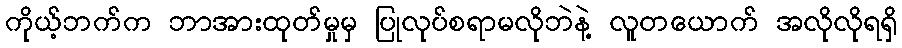
ကိုယ့်ဘက်က ဘာအားထုတ်မှုမှ ပြုလုပ်စရာမလိုဘဲနဲ့ လူတယောက် အလိုလိုရရှိ